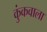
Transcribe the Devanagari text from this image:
कुंकवाला